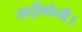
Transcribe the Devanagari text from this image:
खड़ीबोली।